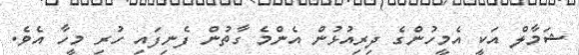
ޝަމާލް އަކީ އެމީހުންގެ ދިރިއުޅުން އެންމެ ގާތުން ފެނިފައި ހުރި މީހާ އެވެ.